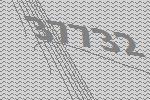
37732